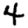
Digit: 4